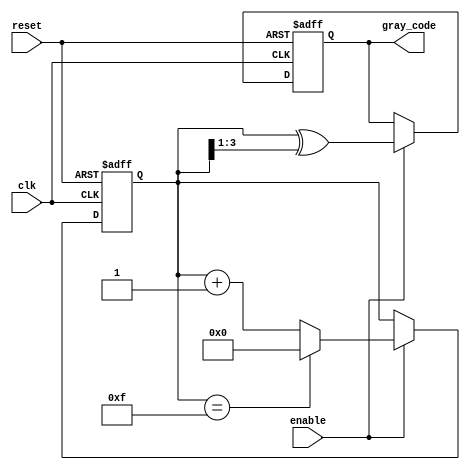
module gray_code_counter #(
    parameter N = 4 // Number of bits for the counter
)(
    input wire clk,       // Clock input
    input wire enable,    // Enable input
    input wire reset,     // Reset input
    output reg [N-1:0] gray_code // Current state in Gray code format
);

    // Internal binary counter
    reg [N-1:0] binary_count;

    // Convert binary to Gray code
    function [N-1:0] binary_to_gray;
        input [N-1:0] binary;
        begin
            binary_to_gray = binary ^ (binary >> 1);
        end
    endfunction

    // Sequential logic for counting
    always @(posedge clk or posedge reset) begin
        // Asynchronous reset
        if (reset) begin
            binary_count <= 0;
            gray_code <= binary_to_gray(0); // Initial Gray code
        end else if (enable) begin
            // Increment binary counter
            binary_count <= binary_count + 1;

            // Wrap around when maximum value is reached
            if (binary_count == (1 << N) - 1) begin
                binary_count <= 0; // Reset binary counter
            end

            // Update Gray code output
            gray_code <= binary_to_gray(binary_count);
        end
    end

endmodule